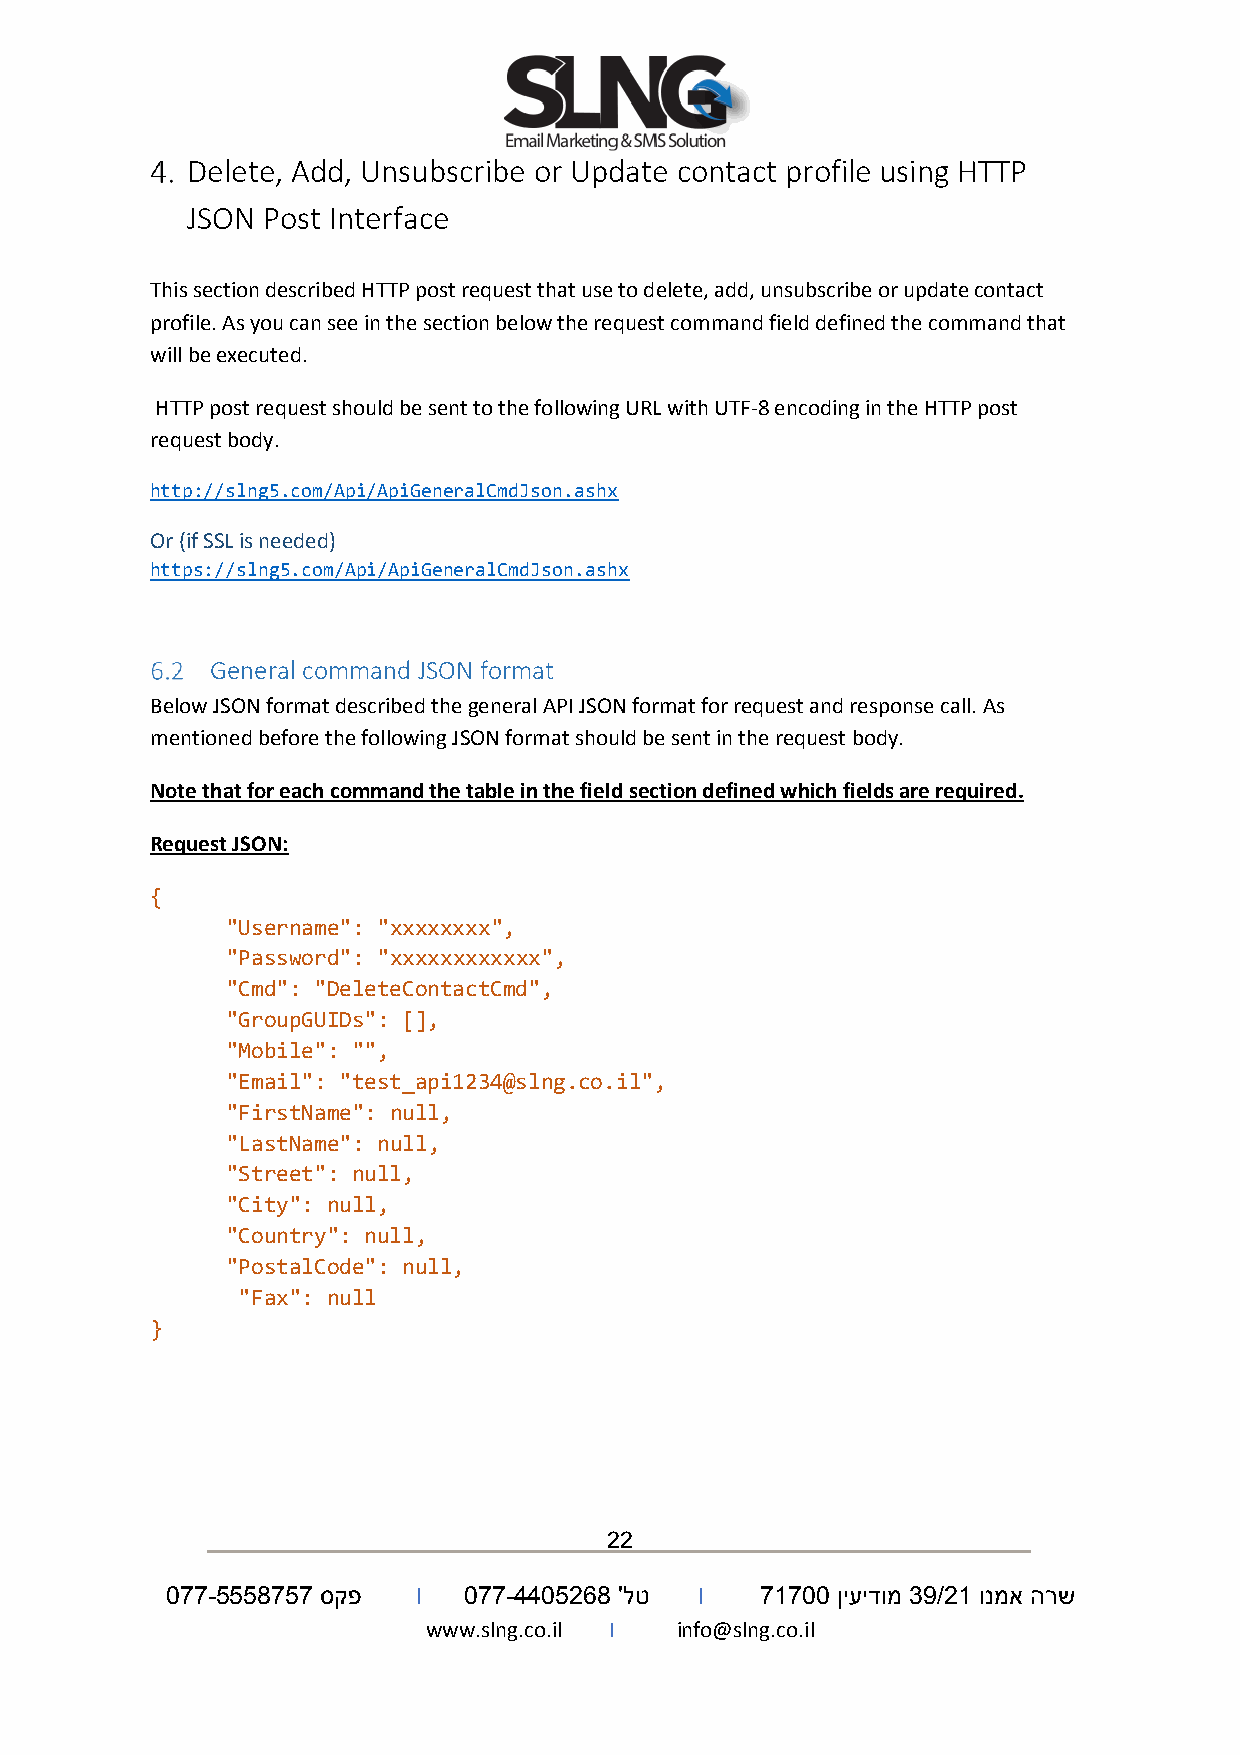
Delete, Add, Unsubscribe or Update contact profile using HTTP
 JSON Post Interface
 This section described HTTP post request that use to delete, add, unsubscribe or update contact
 profile. As you can see in the section below the request command field defined the command that
 will be executed.
 HTTP post request should be sent to the following URL with UTF-8 encoding in the HTTP post
 request body.
 http://slng5.com/Api/ApiGeneralCmdJson.ashx
 Or (if SSL is needed)
 https://slng5.com/Api/ApiGeneralCmdJson.ashx
 General command JSON format
 Below JSON format described the general API JSON format for request and response call. As
 mentioned before the following JSON format should be sent in the request body.
 Note that for each command the table in the field section defined which fields are required.
 Request JSON:
 {
 "Username": "xxxxxxxx",
 "Password": "xxxxxxxxxxxx",
 "Cmd": "DeleteContactCmd",
 "GroupGUIDs": [],
 "Mobile": "",
 "Email": "test_api1234@slng.co.il",
 "FirstName": null,
 "LastName": null,
 "Street": null,
 "City": null,
 "Country": null,
 "PostalCode": null,
 "Fax": null
 }
 22
 077-5558757 סקפ  I  077-4405268 'לט I  71700 ןיעידומ 39/21 ונמא הרש
 www.slng.co.il I info@slng.co.il